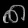
Digit: ၈